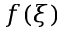
f ( \xi )